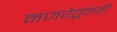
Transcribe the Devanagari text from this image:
नजरेतूनही